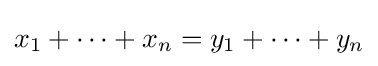
x_{1}+\cdots +x_{n}=y_{1}+\cdots +y_{n}